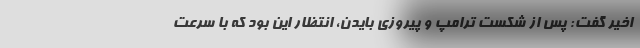
اخیر گفت: پس از شکست ترامپ و پیروزی بایدن، انتظار این بود که با سرعت